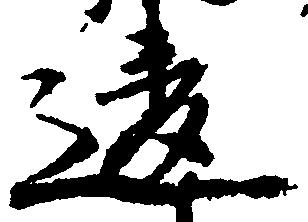
違